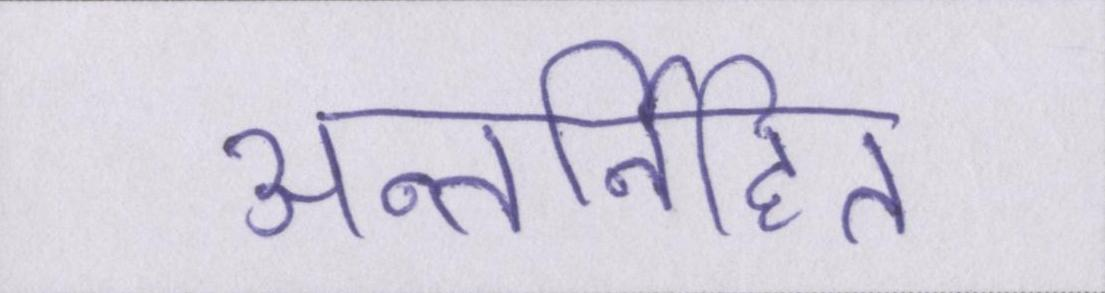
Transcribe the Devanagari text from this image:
अन्तर्निहित